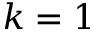
k = 1